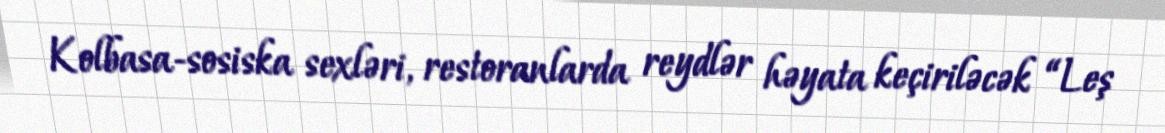
Kolbasa-sosiska sexləri, restoranlarda reydlər həyata keçiriləcək “Leş